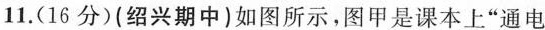
11.(16分)(绍兴期中)如图所示，图甲是课本上”通电